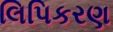
લિપિકરણ